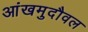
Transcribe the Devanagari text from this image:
आंखमुदौवल